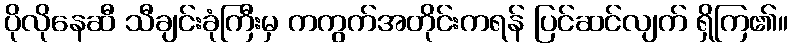
ပိုလိုနေဆီ သီချင်းခုံကြီးမှ ကကွက်အတိုင်းကရန် ပြင်ဆင်လျက် ရှိကြ၏။